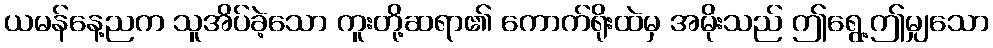
ယမန်နေ့ညက သူအိပ်ခဲ့သော ကူးတို့ဆရာ၏ ကောက်ရိုးထဲမှ အမိုးသည် ဤရွေ့ဤမျှသော